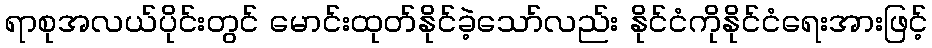
ရာစုအလယ်ပိုင်းတွင် မောင်းထုတ်နိုင်ခဲ့သော်လည်း နိုင်ငံကိုနိုင်ငံရေးအားဖြင့်